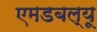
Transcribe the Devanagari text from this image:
एमडबल्यू